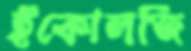
ইকোলজি